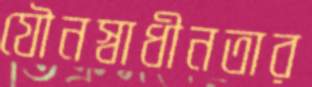
যৌনস্বাধীনতার